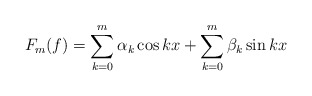
\begin{align*}F_m(f)=\sum_{k=0}^m \alpha_k \cos kx+\sum_{k=0}^m \beta_k \sin kx\end{align*}